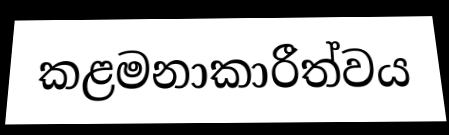
කළමනාකාරීත්වය